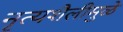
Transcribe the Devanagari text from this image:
नृत्यशैलीमुळे